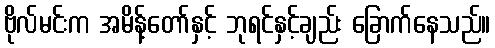
ဗိုလ်မင်းက အမိန့်တော်နှင့် ဘုရင်နှင့်ချည်း ခြောက်နေသည်။